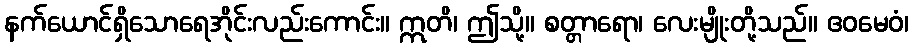
နက်ယောင်ရှိသောရေအိုင်းလည်းကောင်း။ ဣတိ၊ ဤသို့။ စတ္တာရော၊ လေးမျိုးတို့သည်။ ဧဝမေဝံ၊